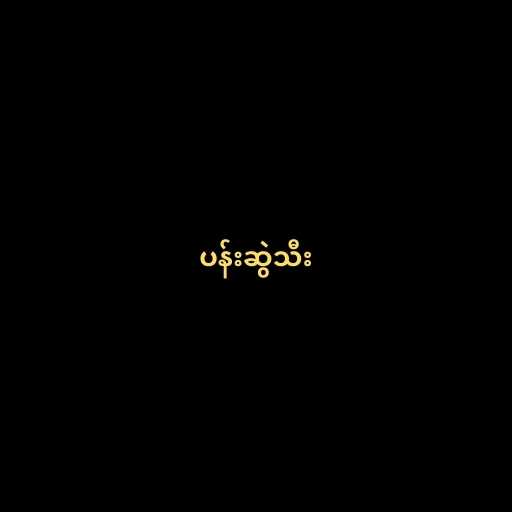
ပန်းဆွဲသီး